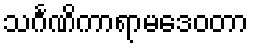
သင်္ဂဏိကာရာမဒေဝတာ